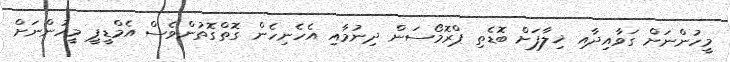
މީހުންނަށް ގަވާއިދާއި ޚިލާފަށް ބޮޑެތި ޕްރޮމޯސަން ދިނުމާއި އެހެނިހެން ގޮތްގޮތުންވެސް އެމްޑީޕީ މީހުންނަށް